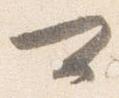
可